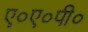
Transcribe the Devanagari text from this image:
ए०ए०पी०